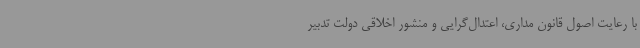
با رعایت اصول قانون مداری، اعتدال‌گرایی و منشور اخلاقی دولت تدبیر